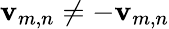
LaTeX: \mathbf{v}_{m,n}\neq-\mathbf{v}_{m,n}